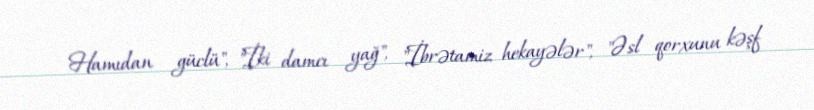
Hamıdan güclü", "İki damcı yağ", "İbrətamiz hekayələr", "Əsl qorxunu kəşf